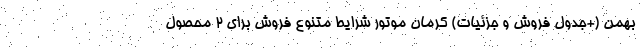
بهمن (+جدول فروش و جزئیات) کرمان موتور شرایط متنوع فروش برای 2 محصول